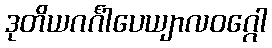
ဒုတိယဂင်္ဂါပေယျာလဝဂ္ဂေါ